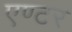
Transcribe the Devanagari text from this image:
एण्टर